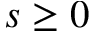
s \geq 0